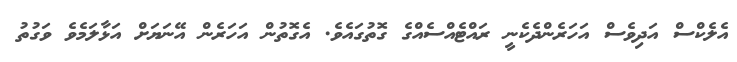
އެލެކްސް އަދިވެސް އަހަރެންދެކެނީ ރައްޓެއްސެއްގެ ގޮތުގައެވެ. އެގޮތުން އަހަރެން އޭނަޔަށް އަޅާލަމެވެ ވަގުތު